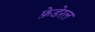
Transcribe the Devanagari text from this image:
फ़ेडेरल